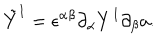
\tilde { Y } ^ { I } = \epsilon ^ { \alpha \beta } \partial _ { \alpha } Y ^ { I } \partial _ { \beta } a .